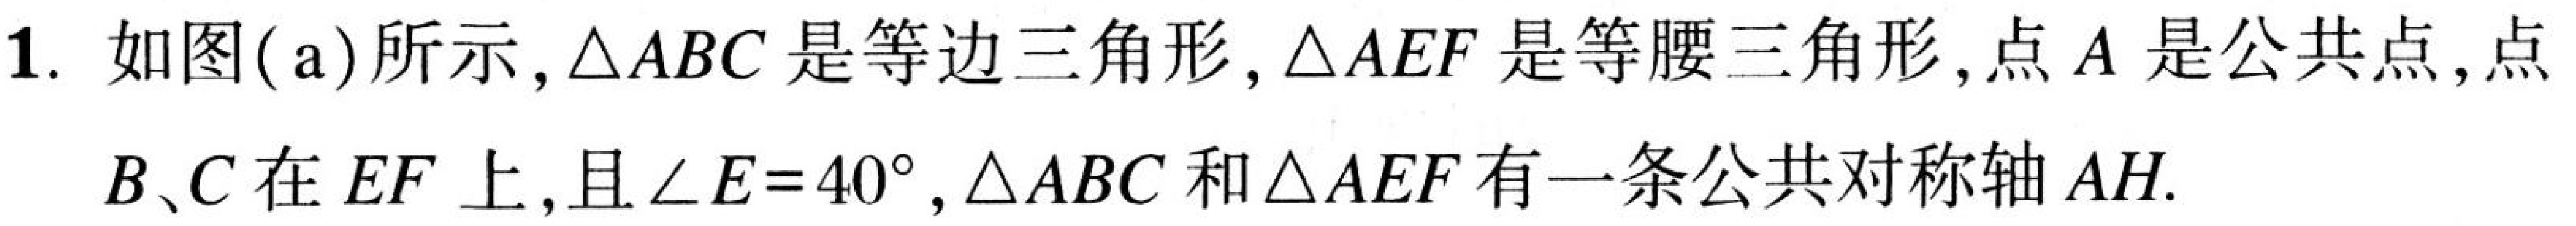
1. 如图(a)所示，\(\triangle ABC\)是等边三角形，\(\triangle AEF\)是等腰三角形，点\(A\)是公共点，点\(B、C\)在\(EF\)上，且\(\angle E = 40^{\circ}\)，\(\triangle ABC\)和\(\triangle AEF\)有一条公共对称轴\(AH\).